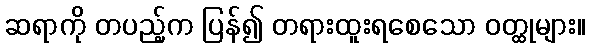
ဆရာကို တပည့်က ပြန်၍ တရားထူးရစေသော ဝတ္ထုများ။